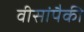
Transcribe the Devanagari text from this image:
वीसांपैकी